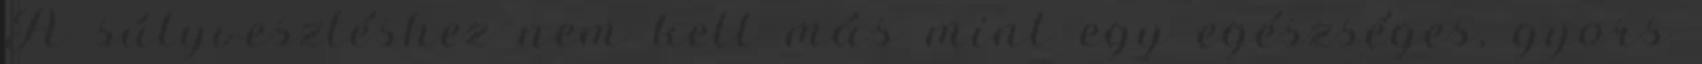
A súlyvesztéshez nem kell más mint egy egészséges, gyors